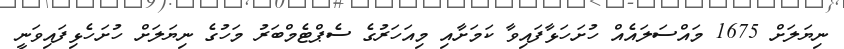
ނިޔަލަށް 1675 މައްސަލައެއް ހުށަހަޅާފައިވާ ކަމަށާއި މިއަހަރުގެ ސެޕްޓެމްބަރު މަހުގެ ނިޔަލަށް ހުށަހެޅިފައިވަނީ